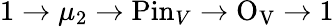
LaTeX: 1\rightarrow\mu_{2}\rightarrow\mathrm{Pin}_{V}\rightarrow\mathrm{O_{V}}\rightarrow 1